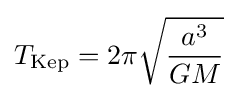
T_{\rm {Kep}}=2\pi {\sqrt {\frac {a^{3}}{GM}}}